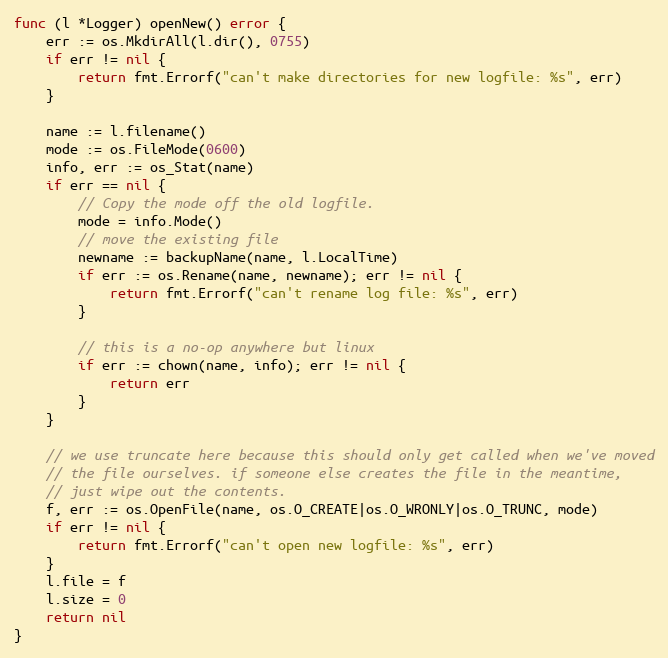
Language: Go
func (l *Logger) openNew() error {
	err := os.MkdirAll(l.dir(), 0755)
	if err != nil {
		return fmt.Errorf("can't make directories for new logfile: %s", err)
	}

	name := l.filename()
	mode := os.FileMode(0600)
	info, err := os_Stat(name)
	if err == nil {
		// Copy the mode off the old logfile.
		mode = info.Mode()
		// move the existing file
		newname := backupName(name, l.LocalTime)
		if err := os.Rename(name, newname); err != nil {
			return fmt.Errorf("can't rename log file: %s", err)
		}

		// this is a no-op anywhere but linux
		if err := chown(name, info); err != nil {
			return err
		}
	}

	// we use truncate here because this should only get called when we've moved
	// the file ourselves. if someone else creates the file in the meantime,
	// just wipe out the contents.
	f, err := os.OpenFile(name, os.O_CREATE|os.O_WRONLY|os.O_TRUNC, mode)
	if err != nil {
		return fmt.Errorf("can't open new logfile: %s", err)
	}
	l.file = f
	l.size = 0
	return nil
}